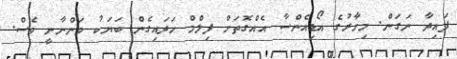
ފައިދާ ނަގަން. މިހާރުގެ އޯޑިއެންސާ އެއްގޮތަށް ފިލްމް ހަދައިގެން ބަޔަކު ވަންނާނީ ވެސް.